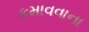
કમાવવાના